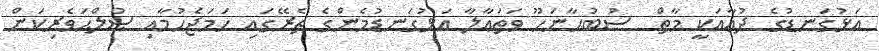
އަޅުގަނޑުގެ ދުޢާއަކީ މާތް  ސުބުޙާނަހޫ ވަތަޢާލާ އަޅުގަނޑުމެންގެ ތެރޭގައި ހަމަޖެހުމާއި ޞުލްޙަވެރިކަން